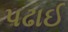
પઢાઈ